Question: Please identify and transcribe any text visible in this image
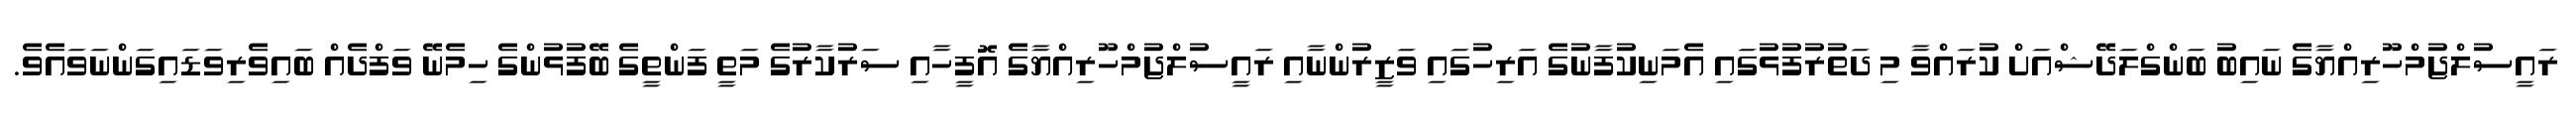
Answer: ރައީސުލްޖުމްހޫރިއްޔާގެ ނައިބު ބަންގްލަދޭޝްއަށް ކުރައްވާ މި ދަތުރުފުޅުގައި އެމަނިކުފާނުގެ އަރިހުގައި ވަޒީރުންނާއި ރައީސުލްޖުމްހޫރިއްޔާގެ އޮފީހާއި ސަރުކާރުގެ މަތީ ފަންތީގެ ބޭފުޅުންގެ ހިމެނޭ ވަފްދެއް ބައިވެރިވަޑައިގަންނަވައެވެ.